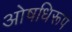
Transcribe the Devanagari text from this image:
ओषधिरूप